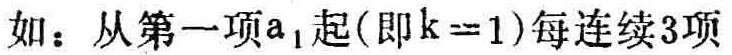
如：从第一项\(a_{1}\)起(即\(k = 1\))每连续3项